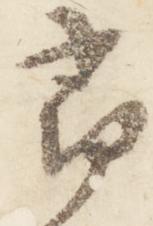
尋